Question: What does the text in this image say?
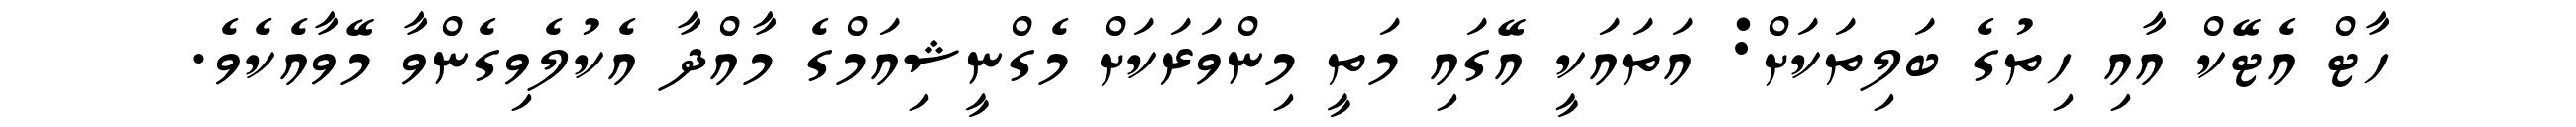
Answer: ހާޓް އެޓޭކް އާއި ހިތުގެ ބަލިތަކަށް: އަތައަކީ އޭގައި މަތީ މިންވަރަކަށް މެގްނީޝިއަމްގެ މާއްދާ އެކުލެވިގެންވާ މޭވާއެކެވެ.